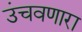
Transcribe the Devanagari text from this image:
उंचवणारा